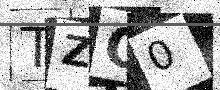
Text: TZO0